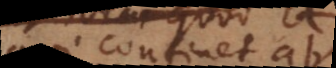
qui continet ab